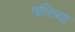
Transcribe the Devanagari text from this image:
गतिच्या